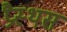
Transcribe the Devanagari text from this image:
प्रैस्थस